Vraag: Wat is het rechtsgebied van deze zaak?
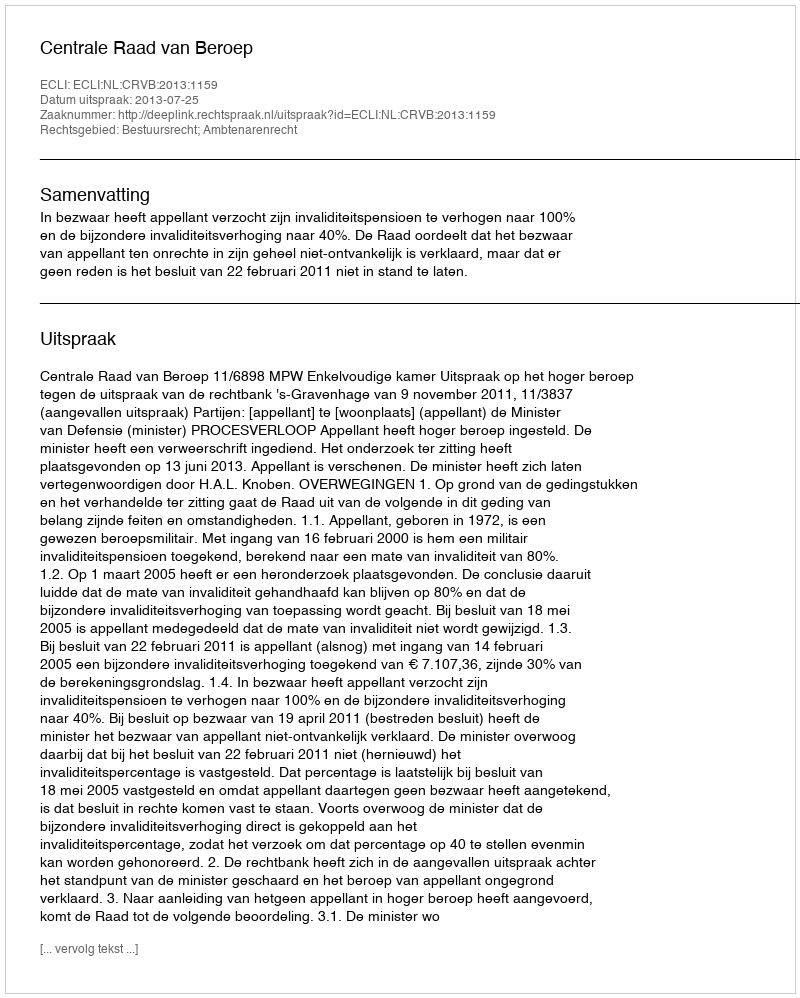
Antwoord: Bestuursrecht; Ambtenarenrecht